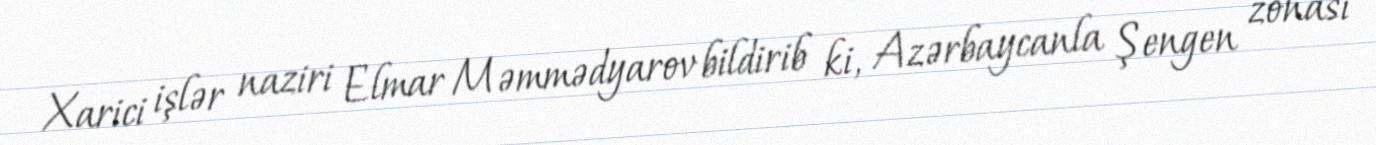
Xarici işlər naziri Elmar Məmmədyarov bildirib ki, Azərbaycanla Şengen zonası